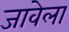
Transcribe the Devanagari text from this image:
जावेला